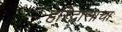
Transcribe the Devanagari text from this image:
हरिदासाचा